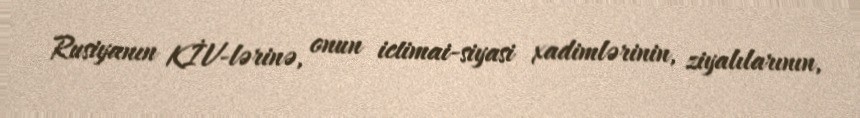
Rusiyanın KİV-lərinə, onun ictimai-siyasi xadimlərinin, ziyalılarının,